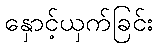
နှောင့်ယှက်ခြင်း